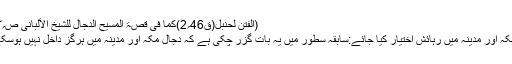
(الفتن لحنبل(ق46؍2)کما فی قصۃ المسیح الدجال للشیخ الألبانی ص؍33۳)
(4) مکہ اور مدینہ میں رہائش اختیار کیا جائے:سابقہ سطور میں یہ بات گزر چکی ہے کہ دجال مکہ اور مدینہ میں ہرگز داخل نہیں ہوسکے گا۔